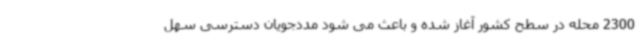
2300 محله در سطح کشور آغاز شده و باعث‌ می شود مددجویان دسترسی سهل